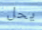
يحل